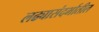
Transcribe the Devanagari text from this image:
लढ्यासंदर्भातील